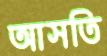
আসতি